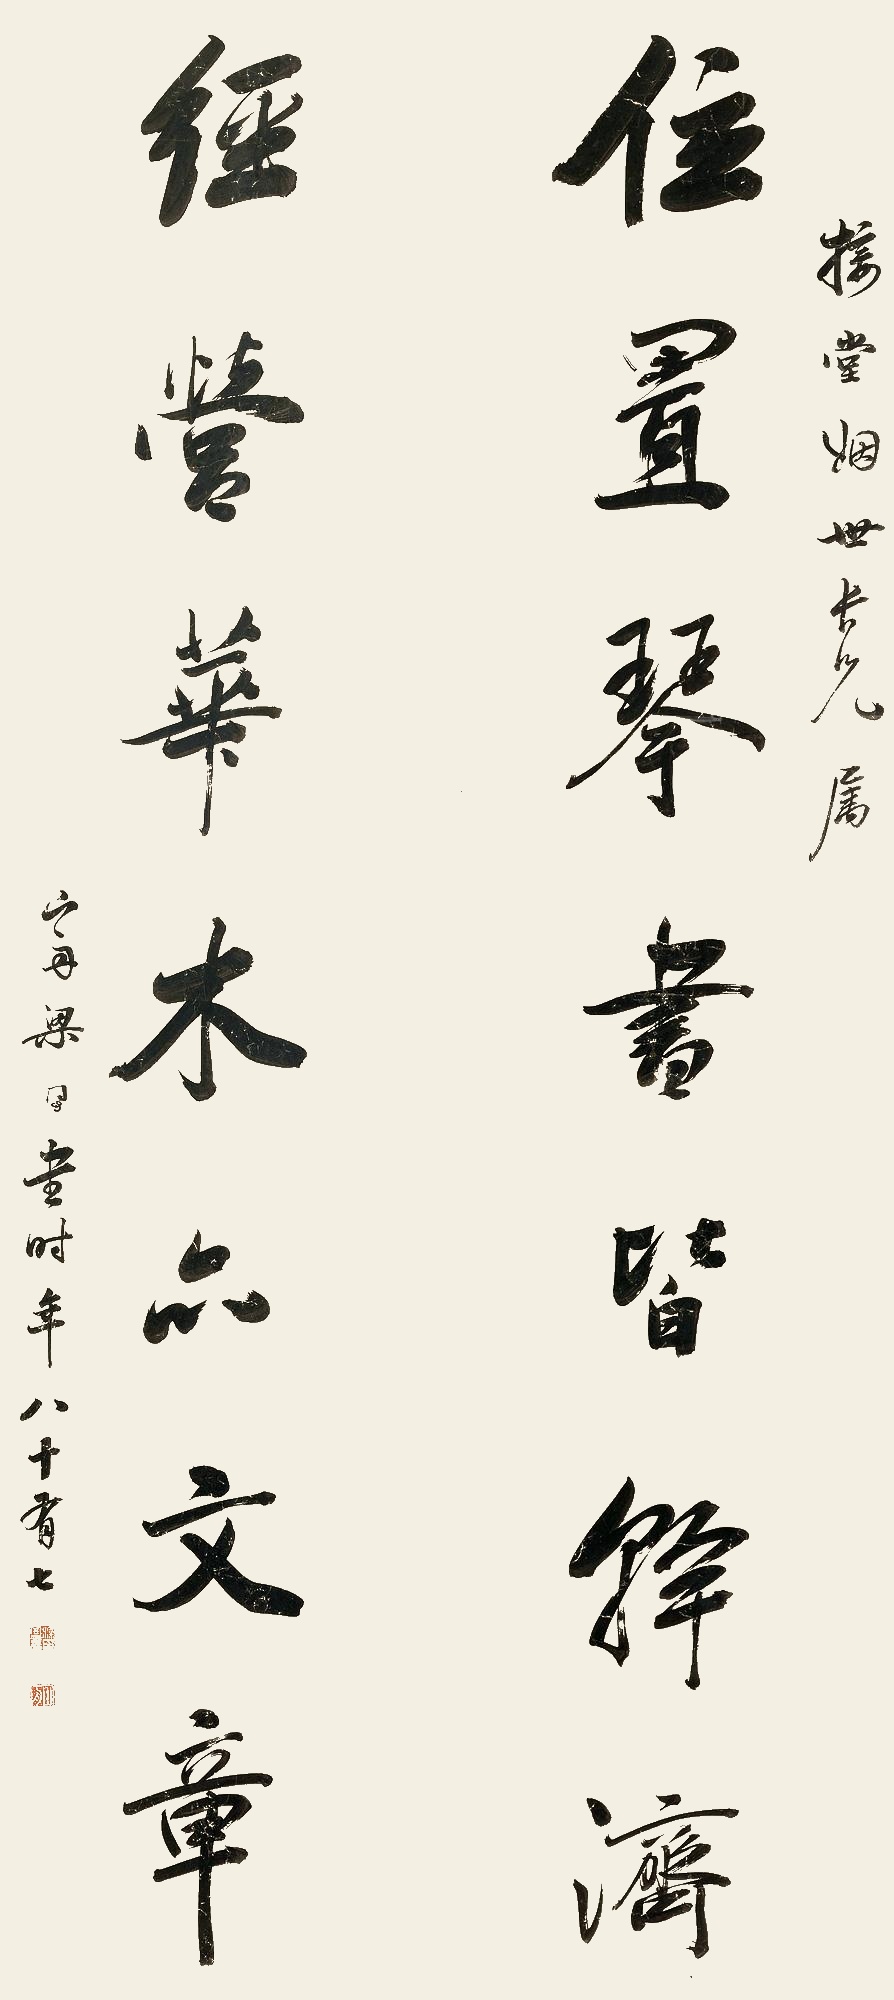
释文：位置琴书皆并济，经营华木亦文章。接堂姻世长兄属，山舟梁同书时年八十有七。